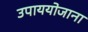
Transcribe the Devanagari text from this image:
उपाययोजाना